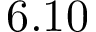
6 . 1 0